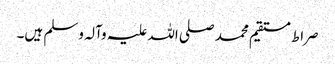
صراط مستقیم محمد صلی اللہ علیہ وآلہ وسلم ہیں۔